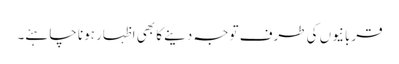
قربانیوں کی طرف توجہ دینے کا بھی اظہار ہونا چاہئے۔